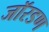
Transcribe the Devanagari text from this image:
जॉरडण